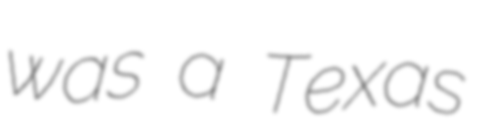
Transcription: was a Texas